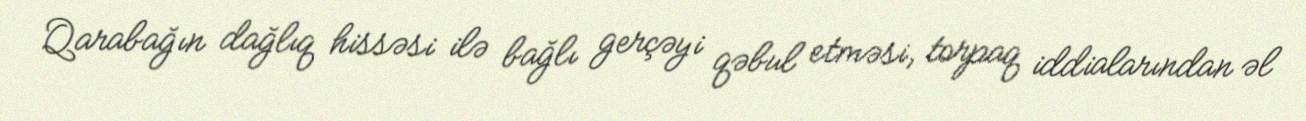
Qarabağın dağlıq hissəsi ilə bağlı gerçəyi qəbul etməsi, torpaq iddialarından əl